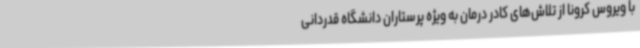
با ویروس کرونا از تلاش‌های کادر درمان به ویژه پرستاران دانشگاه قدردانی